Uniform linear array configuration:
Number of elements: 64
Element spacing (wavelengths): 0.5
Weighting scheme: exponential
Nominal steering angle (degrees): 30
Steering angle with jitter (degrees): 29.489
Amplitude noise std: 0.05
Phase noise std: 0.05

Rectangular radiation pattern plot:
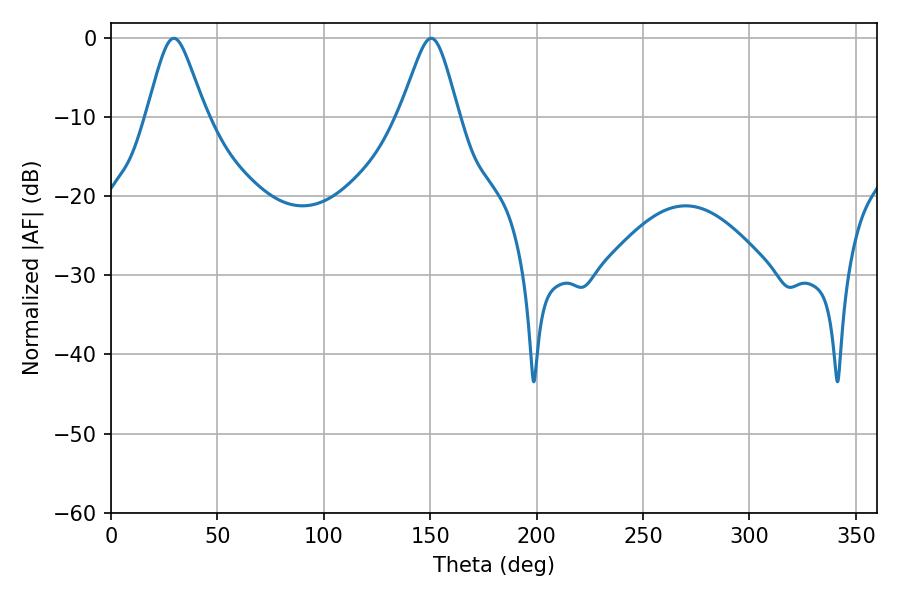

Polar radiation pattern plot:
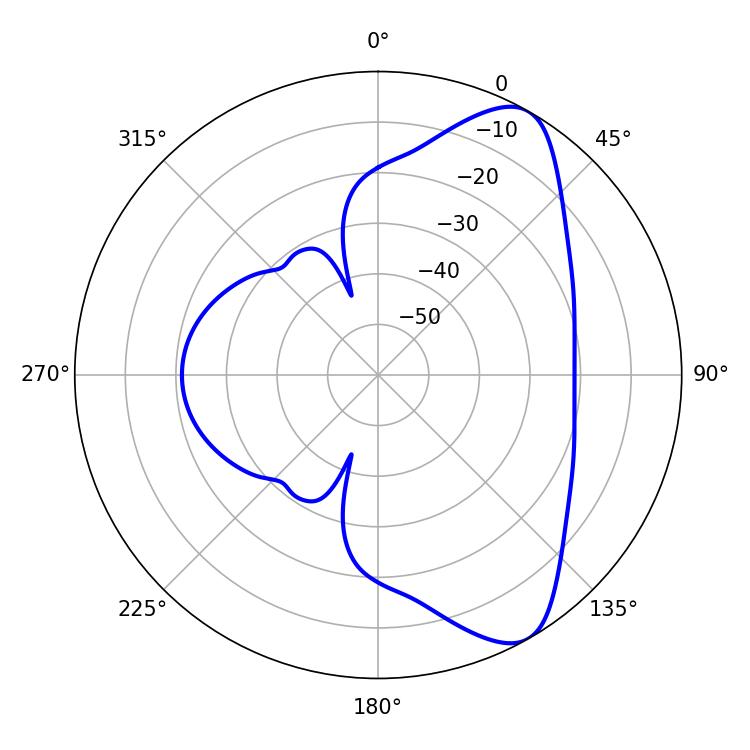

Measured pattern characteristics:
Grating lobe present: FALSE
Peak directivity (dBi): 8.374
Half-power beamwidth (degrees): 13.14
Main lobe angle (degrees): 29.52